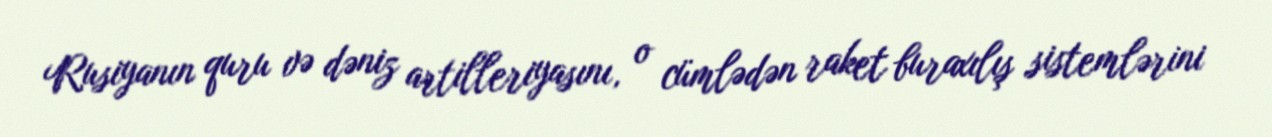
Rusiyanın quru və dəniz artilleriyasını, o cümlədən raket buraxılış sistemlərini